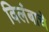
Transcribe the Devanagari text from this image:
विलंबाचे